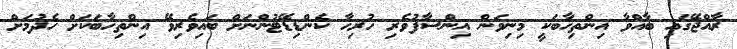
ރާއްޖޭގައި ބާއްވާ އިންތިހާބަކީ މިނިވަން އިންސާފުވެރި ހުރިހާ ކެންޑިޑޭޓުންނަށް ބައިވެރިވޭ އިންތިހާބަކަށް ހެދުމަށް